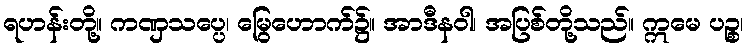
ရဟန်းတို့။ ကဏှသပ္ပေ၊ မြွေဟောက်၌။ အာဒီနဝါ၊ အပြစ်တို့သည်။ ဣမေ ပဉ္စ၊